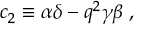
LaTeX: c _ { 2 } \equiv \alpha \delta - q ^ { 2 } \gamma \beta \; ,